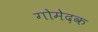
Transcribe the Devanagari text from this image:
गोमेदक